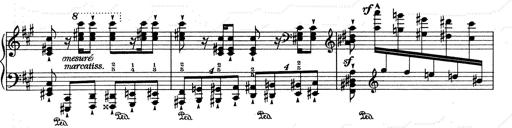
Title: RÃ©miniscences de Don Juan
Composer: Franz Liszt